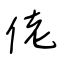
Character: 佬